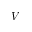
V